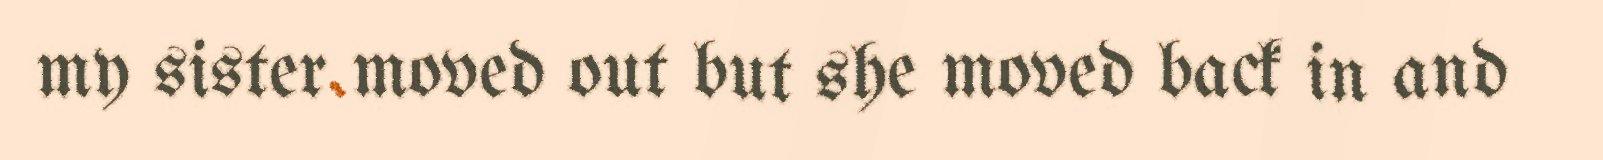
my sister moved out but she moved back in and